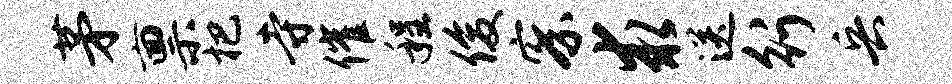
茅禀杷寺催程俊察求送行兵